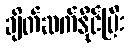
ချိတ်ဆက်နိုင်ပြီး